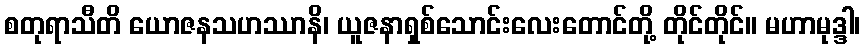
စတုရာသီတိ ယောဇနသဟဿာနိ၊ ယူဇနာရှစ်သောင်းလေးတောင်တို့ တိုင်တိုင်။ မဟာမုဒ္ဒါ၊